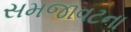
સમજાવટના